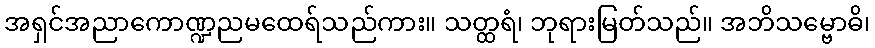
အရှင်အညာကောဏ္ဍညမထေရ်သည်ကား။ သတ္ထရံ၊ ဘုရားမြတ်သည်။ အဘိသမ္ဗောဓိ၊